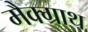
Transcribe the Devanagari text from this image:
मैक्ग्राथ